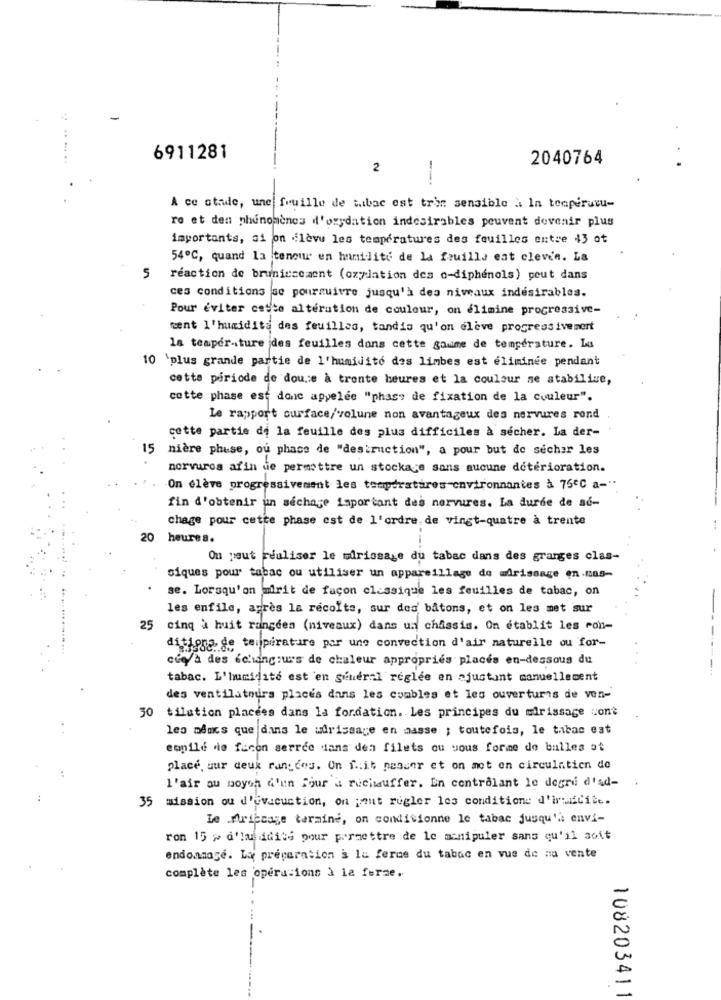
6911281
2040764
2
--.
A ce atrue, une feuille de tabac est trin sensible à In temperucu-
ro et den phénomènes d'oxydation indésirables peuvent devenir plus
importants, si on lèvu les températures des feuilles entre 43 ot
54º℃, quand la teneur en humidity de la feuille eat cleven. La
5
reaction de bruniecezent (oxydation des o-diphenols) peut dans
ces conditions se poursuivre jusqu'à des niveaux indésirables.
Pour éviter cesto altération de couleur, on élimine progressive-
cent l'humidité des feuilles, tandis qu'on elève progressivemert
la température des feuilles dans cette gaume de température. Lu
10 'plus grande partie de l'humidité des limbes est éliminée pendant
cette période de dou .: e à trente heures et la couleur se stabiliue,
cotte phase est donc appelée "phase de fixation de la couleur".
Le rapport surface/volune non avantageux des nervures rond
cette partie de la feuille des plus difficiles à secher. La der-
15
niere phase, ou phase de "destruction", a pour but de secher les
norvuros afin de permettre un stockage sans aucune deterioration.
On élève progressivement les températures environnantes à 75ºC a-"
fin d'obtenir un séchage important des nervures. La durde de sé-
chage pour cette phase est de l'ordre. de vingt-quatre à trente
20
heures.
On peut réaliser le mirissase du tabac dans des granges clas-
siques pour tabac ou utiliser un appareillage de mdrissage en.888-
se. Lorsqu'on mirit de façon classique les feuilles de tabac, on
-
les enfile, après la récolte, sur des' bâtons, et on les met sur
25
cinq à huit rangden (niveaux) dans un châssis. On établit les con-
ditions de teijperature por une convection d'air naturelle ou for-
ccola des échangeurs de chaleur appropriés placés en-dessous du
tabac. L'humidité est 'en general réglée en ajustant manuellement
des ventilateurs places dans les combles et les ouvertures de ven-
30 tilation placees dans la fondation. Les principes du mirissage cont
les means que dans le wdrissage en masse ; toutefois, le tabac est
eopilé de fucon serrée dans dea filets ou sous forme de balles at
place, uur deuk ran cos. Un f .. it nesser et on mot on circulation do
l'air au moyen d'un Four & rucimsuffer. En controlant le degré d'ad-
35 mission ou d'evacuction, on peut regler les conditione d'irmaicite.
Le .Mriccase termine, on conditionne le tabac jusqu'à envi-
ron 15 > d'lau ddite pour permettre de le manipuler sans qu'il soit
endommagé. Ly preparation a la ferme du tabac en vue de na vente
complète les opérations à la ferme.
108203411